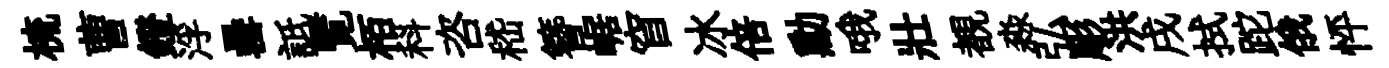
梳曹鐙浮罍詆覧栢科咨嵇簪崌窅冰倍勳哦壯覩淼弘彫洪戌拭跎俄怦